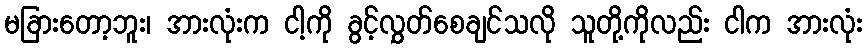
မခြားတော့ဘူး၊ အားလုံးက ငါ့ကို ခွင့်လွှတ်စေချင်သလို သူတို့ကိုလည်း ငါက အားလုံး